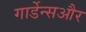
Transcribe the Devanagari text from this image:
गार्डेन्सऔर